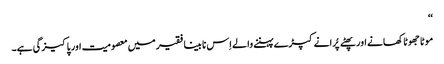
‘‘
موٹا جھوٹا کھانے اور پھٹے پُرانے کپڑے پہننے والے اِس نا بینا فقیر میں معصومیت اور پاکیزگی ہے۔